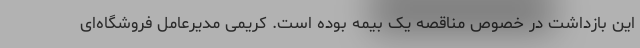
این بازداشت در خصوص مناقصه یک بیمه بوده است. کریمی مدیرعامل فروشگاه‌ای